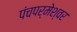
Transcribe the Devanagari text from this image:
पंचपर्मेश्वर